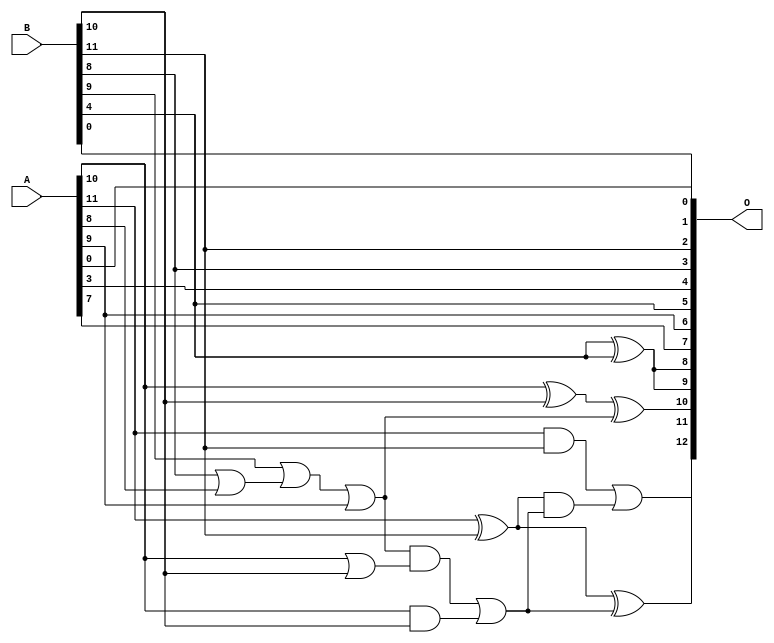
/***
* This code is a part of EvoApproxLib library (ehw.fit.vutbr.cz/approxlib) distributed under The MIT License.
* When used, please cite the following article(s): PRABAKARAN B. S., MRAZEK V., VASICEK Z., SEKANINA L., SHAFIQUE M. ApproxFPGAs: Embracing ASIC-based Approximate Arithmetic Components for FPGA-Based Systems. DAC 2020. 
***/
// MAE% = 3.59 %
// MAE = 294 
// WCE% = 9.83 %
// WCE = 805 
// WCRE% = 303.12 %
// EP% = 99.90 %
// MRE% = 10.05 %
// MSE = 126206 
// FPGA_POWER = 0.29
// FPGA_DELAY = 6.7
// FPGA_LUT = 3.0

module add12u_2KL(A, B, O);
  input [11:0] A, B;
  output [12:0] O;
  wire n_415, n_410, n_419, n_23, n_22, n_21, n_20, n_24, n_29, n_86;
  wire n_126, n_121, n_246, n_241, n_406, n_228, n_8, n_9, n_4, n_5;
  wire n_6, n_7, n_0, n_1, n_2, n_3, n_18, n_19, n_16, n_17;
  wire n_14, n_15, n_12, n_13, n_10, n_11, n_117, n_112, n_175, n_152;
  assign n_0 = A[0];
  assign n_1 = A[1];
  assign n_2 = A[2];
  assign n_3 = A[3];
  assign n_4 = A[4];
  assign n_5 = A[5];
  assign n_6 = A[6];
  assign n_7 = A[7];
  assign n_8 = A[8];
  assign n_9 = A[9];
  assign n_10 = A[10];
  assign n_11 = A[11];
  assign n_12 = B[0];
  assign n_13 = B[1];
  assign n_14 = B[2];
  assign n_15 = B[3];
  assign n_16 = B[4];
  assign n_17 = B[5];
  assign n_18 = B[6];
  assign n_19 = B[7];
  assign n_20 = B[8];
  assign n_21 = B[9];
  assign n_22 = B[10];
  assign n_23 = B[11];
  assign n_24 = ~(n_16 ^ n_16);
  assign n_29 = n_10 | n_22;
  assign n_86 = n_20 | n_8;
  assign n_112 = n_10 ^ n_22;
  assign n_117 = n_10 & n_22;
  assign n_121 = n_11 ^ n_23;
  assign n_126 = n_11 & n_23;
  assign n_152 = n_21 | n_86;
  assign n_175 = ~n_24;
  assign n_228 = n_152 | n_9;
  assign n_241 = n_228 & n_29;
  assign n_246 = n_241 | n_117;
  assign n_406 = n_112 ^ n_228;
  assign n_410 = n_121 ^ n_246;
  assign n_415 = n_121 & n_246;
  assign n_419 = n_126 | n_415;
  assign O[0] = n_12;
  assign O[1] = n_0;
  assign O[2] = n_23;
  assign O[3] = n_20;
  assign O[4] = n_3;
  assign O[5] = n_16;
  assign O[6] = n_9;
  assign O[7] = n_7;
  assign O[8] = n_175;
  assign O[9] = n_175;
  assign O[10] = n_406;
  assign O[11] = n_410;
  assign O[12] = n_419;
endmodule